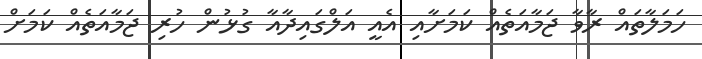
ހަމަލާތައް ރާވާ ޖަމާއަތެއް ކަމަށާއި އެއީ އަލްގައިދާއާ ގުޅުން ހުރި ޖަމާއަތެއް ކަމަށް